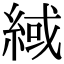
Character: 緎